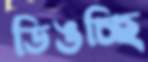
ডিঙচ্ছি